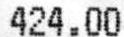
424.00